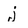
Character: j